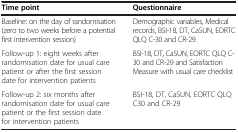
<table><thead><tr><td><b>Time point</b></td><td><b>Questionnaire</b></td></tr></thead><tbody><tr><td>Baseline: on the day of randomisation (zero to two weeks before a potential first intervention session)</td><td>Demographic variables, Medical records, BSI-18, DT, CaSUN, EORTC QLQ C-30 and CR-29.</td></tr><tr><td>Follow-up 1: eight weeks after randomisation date for usual care patient or after the first session date for intervention patients</td><td>BSI-18, DT, CaSUN, EORTC QLQ C-30 and CR-29 and Satisfaction Measure with usual care checklist</td></tr><tr><td>Follow-up 2: six months after randomisation date for usual care patient or the first session date for intervention patients</td><td>BSI-18, DT, CaSUN, EORTC QLQ C30 and CR-29</td></tr></tbody></table>